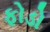
ફોડો